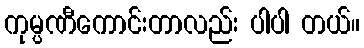
ကုမ္ပဏီကောင်းတာလည်း ပါပါ တယ်။